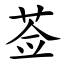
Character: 莶